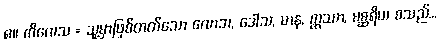
၈။ ကိလေသ = သူ့မှာဖြစ်တတ်သော လောဘ, ဒေါသ, မာန, ဣဿာ, မစ္ဆရိယ စသည်...